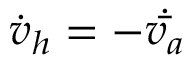
\dot { v } _ { h } = - \dot { \bar { v _ { a } } }